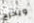
ويخرج